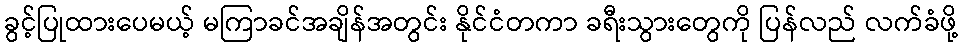
ခွင့်ပြုထားပေမယ့် မကြာခင်အချိန်အတွင်း နိုင်ငံတကာ ခရီးသွားတွေကို ပြန်လည် လက်ခံဖို့